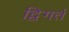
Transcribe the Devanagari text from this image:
द्विगर्त